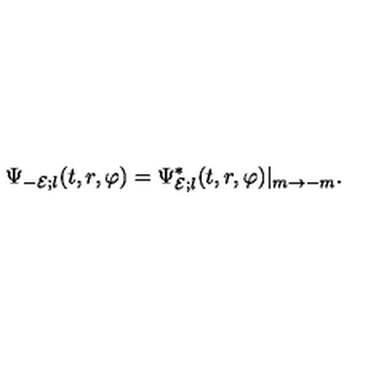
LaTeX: \Psi _ { - { \cal E } ; l } ( t , r , \varphi ) = \Psi _ { { \cal E } ; l } ^ { * } ( t , r , \varphi ) | _ { m \rightarrow - m } .